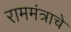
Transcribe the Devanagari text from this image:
राममंत्राचे